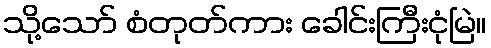
သို့သော် စံတုတ်ကား ခေါင်းကြီးငုံမြဲ။